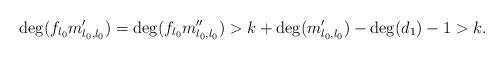
LaTeX: \begin{align*} \deg(f_{l_0}m'_{l_0,l_0})=\deg(f_{l_0}m''_{l_0,l_0})>k+\deg(m'_{l_0,l_0})-\deg(d_1)-1>k.\end{align*}